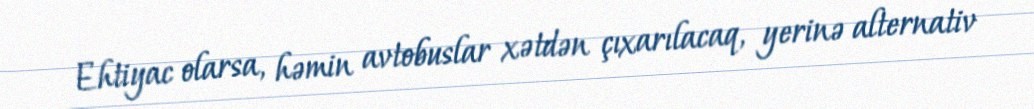
Ehtiyac olarsa, həmin avtobuslar xətdən çıxarılacaq, yerinə alternativ